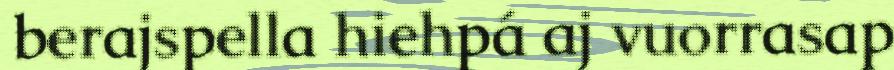
berajspella hiehpá aj vuorrasap